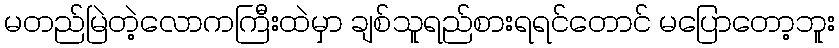
မတည်မြဲတဲ့လောကကြီးထဲမှာ ချစ်သူရည်စားရရင်တောင် မပြောတော့ဘူး